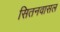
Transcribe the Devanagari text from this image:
सितनवासल